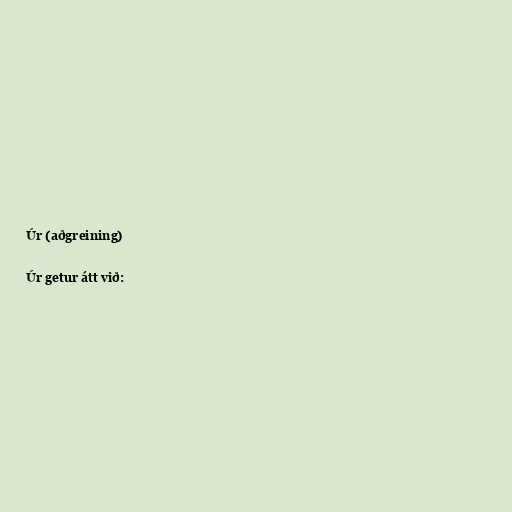
Úr (aðgreining)

Úr getur átt við: